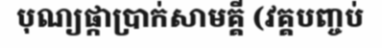
បុណ្យផ្កាប្រាក់សាមគ្គី (វគ្គបញ្ចប់